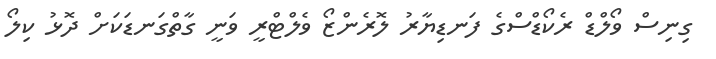
ގިނިސް ވޯލްޑް ރެކޯޑްސްގެ ފަނޑިޔާރު ލޮރެންޒޯ ވެލްޓްރީ ވަނީ ގާތްގަނޑަކަށް ދޮޅު ކިލޯ